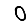
Digit: 0